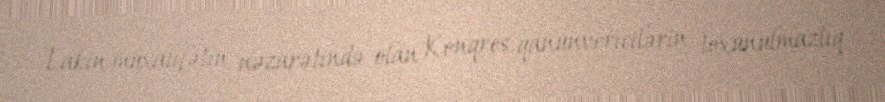
Lakin müxalifətin nəzarətində olan Konqres qanunvericilərin toxunulmazlıq